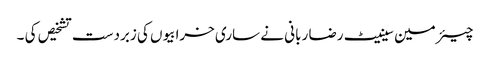
چیئرمین سینیٹ رضا ربانی نے ساری خرابیوں کی زبردست تشخیص کی ۔